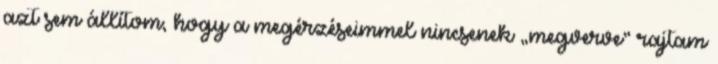
azt sem állítom, hogy a megérzé­seimmel nincsenek „megverve” rajtam